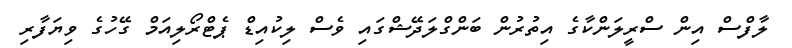
ލާފްސް އިން ސްރީލަންކާގެ އިތުރުން ބަންގްލަދޭޝްގައި ވެސް ލިކުއިޑް ޕެޓްރޯލިއަމް ގޭހުގެ ވިޔަފާރި